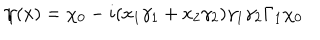
\psi ( x ) = \chi _ { 0 } - i ( x _ { 1 } \gamma _ { 1 } + x _ { 2 } \gamma _ { 2 } ) \gamma _ { 1 } \gamma _ { 2 } \Gamma _ { 1 } \chi _ { 0 }